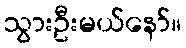
သွားဦးမယ်နော်။